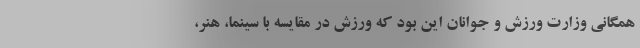
همگانی وزارت ورزش و جوانان این بود که ورزش در مقایسه با سینما، ‌هنر،